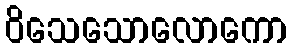
ဝိသေသောလောကော